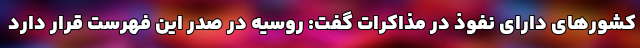
کشورهای دارای نفوذ در مذاکرات گفت: روسیه در صدر این فهرست قرار دارد